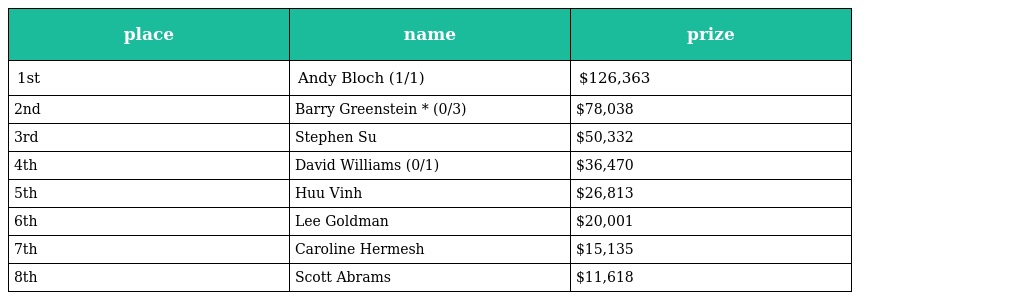
| place | name | prize |
 | --- | --- | --- |
 | 1st | Andy Bloch (1/1) | $126,363 |
 | 2nd | Barry Greenstein * (0/3) | $78,038 |
 | 3rd | Stephen Su | $50,332 |
 | 4th | David Williams (0/1) | $36,470 |
 | 5th | Huu Vinh | $26,813 |
 | 6th | Lee Goldman | $20,001 |
 | 7th | Caroline Hermesh | $15,135 |
 | 8th | Scott Abrams | $11,618 |